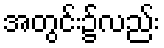
အတွင်း၌လည်း